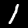
Digit: 1